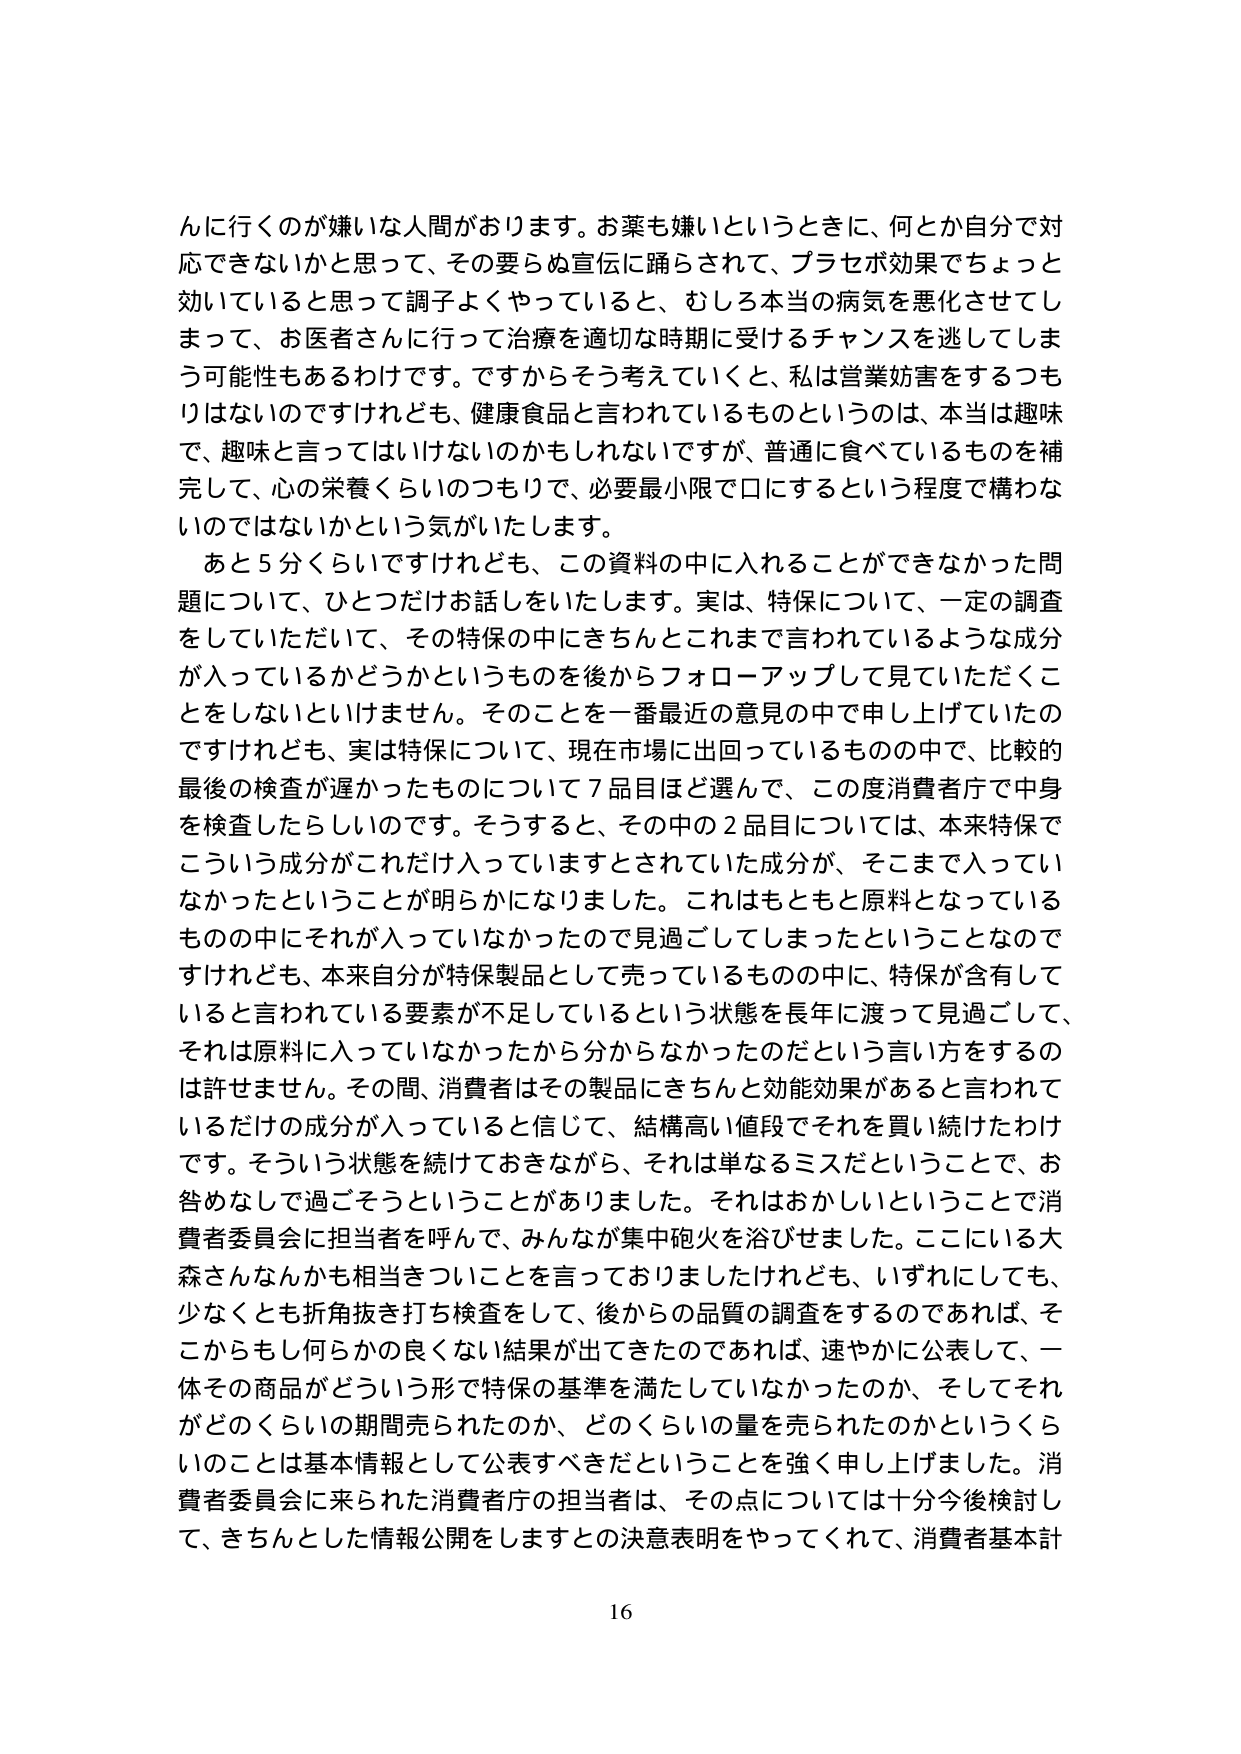
んに行くのが嫌いな人間がおります。お薬も嫌いというときに、何とか自分で対応できないかと思って、その要らぬ宣伝に踊らされて、プラセボ効果でちょっと効いていると思って調子よくやっていると、むしろ本当の病気を悪化させてしまって、お医者さんに行って治療を適切な時期に受けるチャンスを逃してしまう可能性もあるわけです。ですからそう考えていくと、私は営業妨害をするつもりはないのですけれども、健康食品と言われているものというのは、本当は趣味で、趣味と言ってはいけないのかもしれないですが、普通に食べているものを補完して、心の栄養くらいのつもりで、必要最小限で口にするという程度で構わないのではないかという気がいたします。

あと5分くらいですけれども、この資料の中に入れることができなかった問題について、ひとつだけお話しいたします。実は、特保について、一定の調査をしていただいて、その特保の中にきちんとこれまで言われているような成分が入っているかどうかというものを後からフォローアップして見ていただくことをしないといけません。そのことを一番最近の意見の中で申し上げていたのですけれども、実は特保について、現在市場に出回っているものの中で、比較的最後の検査が遅かったものについて7品目ほど選んで、この度消費者庁で中身を検査したらしいのです。そうすると、その中の2品目については、本来特保でこういう成分がこれだけ入っていますとされていた成分が、そこまで入っていなかったということが明らかになりました。これはもともと原料となっているものの中にそれが入っていなかったので見過ごしてしまったということなのですけれども、本来自分が特保製品として売っているものの中に、特保が含有していると言われている要素が不足しているという状態を長年に渡って見過ごして、それは原料に入っていなかったから分からなかったのだという言い方をするのは許せません。その間、消費者はその製品にきちんと効能効果があると言われているだけの成分が入っていると信じて、結構高い値段でそれを買い続けたわけです。そういう状態を続けておきながら、それは単なるミスだということで、お咎めなしで過ごそうということがありました。それはおかしいということで消費者委員会に担当者を呼んで、みんなが集中砲火を浴びせました。ここにいる大森さんなんかも担当きついことを言っておりましたけれども、いずれにしても、少なくとも折角抜き打ち検査をして、後からの品質の調査をするのであれば、そこからもしからかの良くない結果が出てきたのであれば、速やかに公表して、一体その商品がどういう形で特保の基準を満たしていなかったのか、そしてそれがどのくらいの期間売られたのか、どのくらいの量を売られたのかというくらいのことは基本情報として公表すべきだということを強く申し上げました。消費者委員会に来られた消費者庁の担当者は、その点については十分今後検討して、きちんとした情報公開をしますとの決意表明をやってくれて、消費者基本計

16